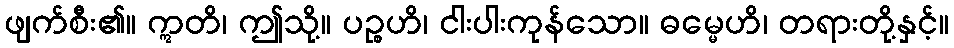
ဖျက်စီး၏။ ဣတိ၊ ဤသို့။ ပဉ္စဟိ၊ ငါးပါးကုန်သော။ ဓမ္မေဟိ၊ တရားတို့နှင့်။